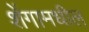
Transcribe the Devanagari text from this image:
शेंगामधील